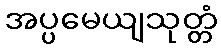
အပ္ပမေယျသုတ္တံ